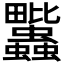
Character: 𧖈